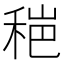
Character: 𰨫